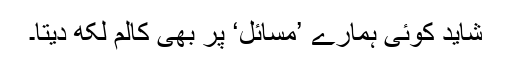
شاید کوئی ہمارے ’مسائل‘ پر بھی کالم لکھ دیتا۔